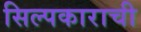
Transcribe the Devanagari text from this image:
सिल्पकाराची